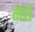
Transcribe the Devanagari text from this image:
नेघे